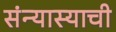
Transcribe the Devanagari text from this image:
संन्यास्याची